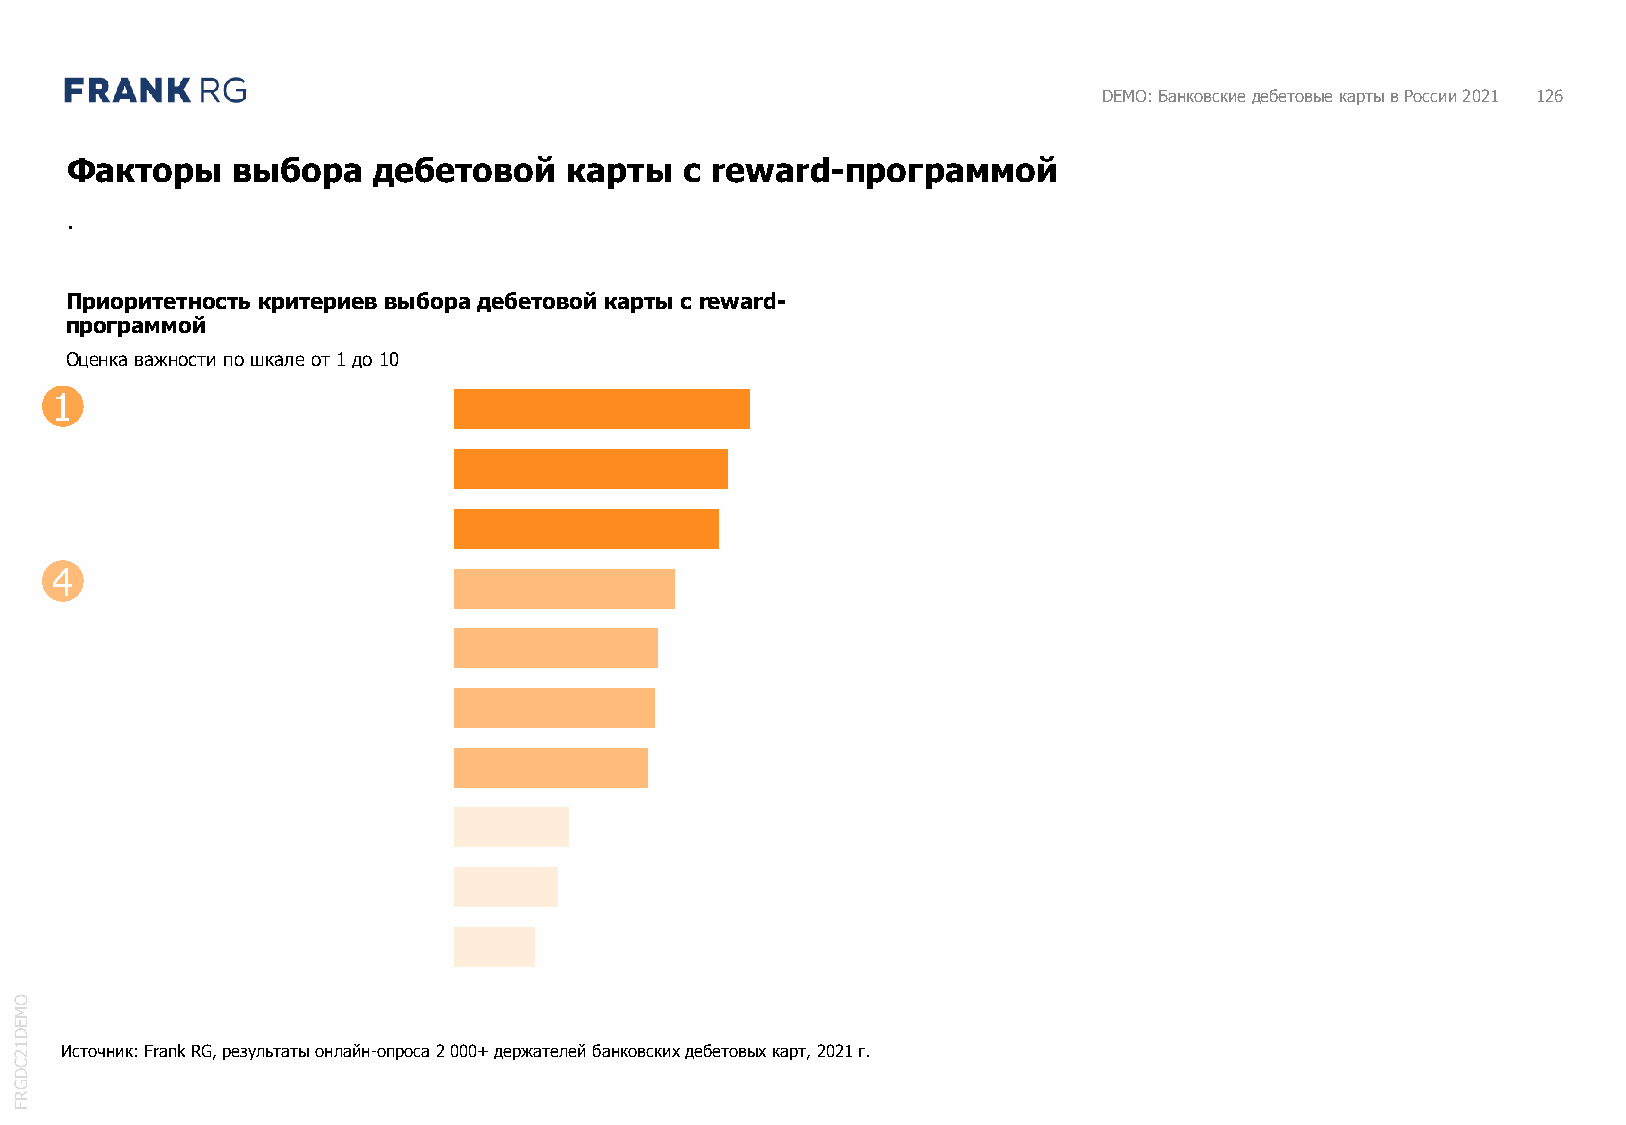
DEMO: Банковские дебетовые карты в России 2021 126
 Факторы    выбора    дебетовой   карты   с reward-программой
 .
 Приоритетность критериев выбора дебетовой карты с reward-
 программой
 Оценка важности по шкале от 1 до 10
 1
 4
 O
 M
 E
 D
 1 2 Источник: FrankRG, результаты онлайн-опроса 2000+ держателей банковских дебетовых карт, 2021 г.
 C
 D
 G
 R
 F